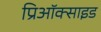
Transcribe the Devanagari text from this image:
प्रिऑक्साइड